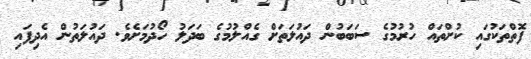
ފޮތްތަކުގައި ކުށްތައް ހުރުމުގެ ސަބަބުން ދައުލަތަށް ގެއްލުމުގެ ބަދަލު ހޯދުމަށެވެ. ދައުލަތުން އެދިފައި